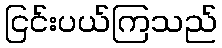
ငြင်းပယ်ကြသည်